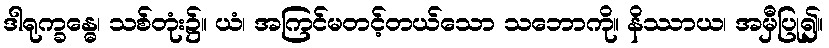
ဒါရုက္ခန္ဓေ၊ သစ်တုံး၌။ ယံ၊ အကြင်မတင့်တယ်သော သဘောကို။ နိဿာယ၊ အမှီပြု၍။